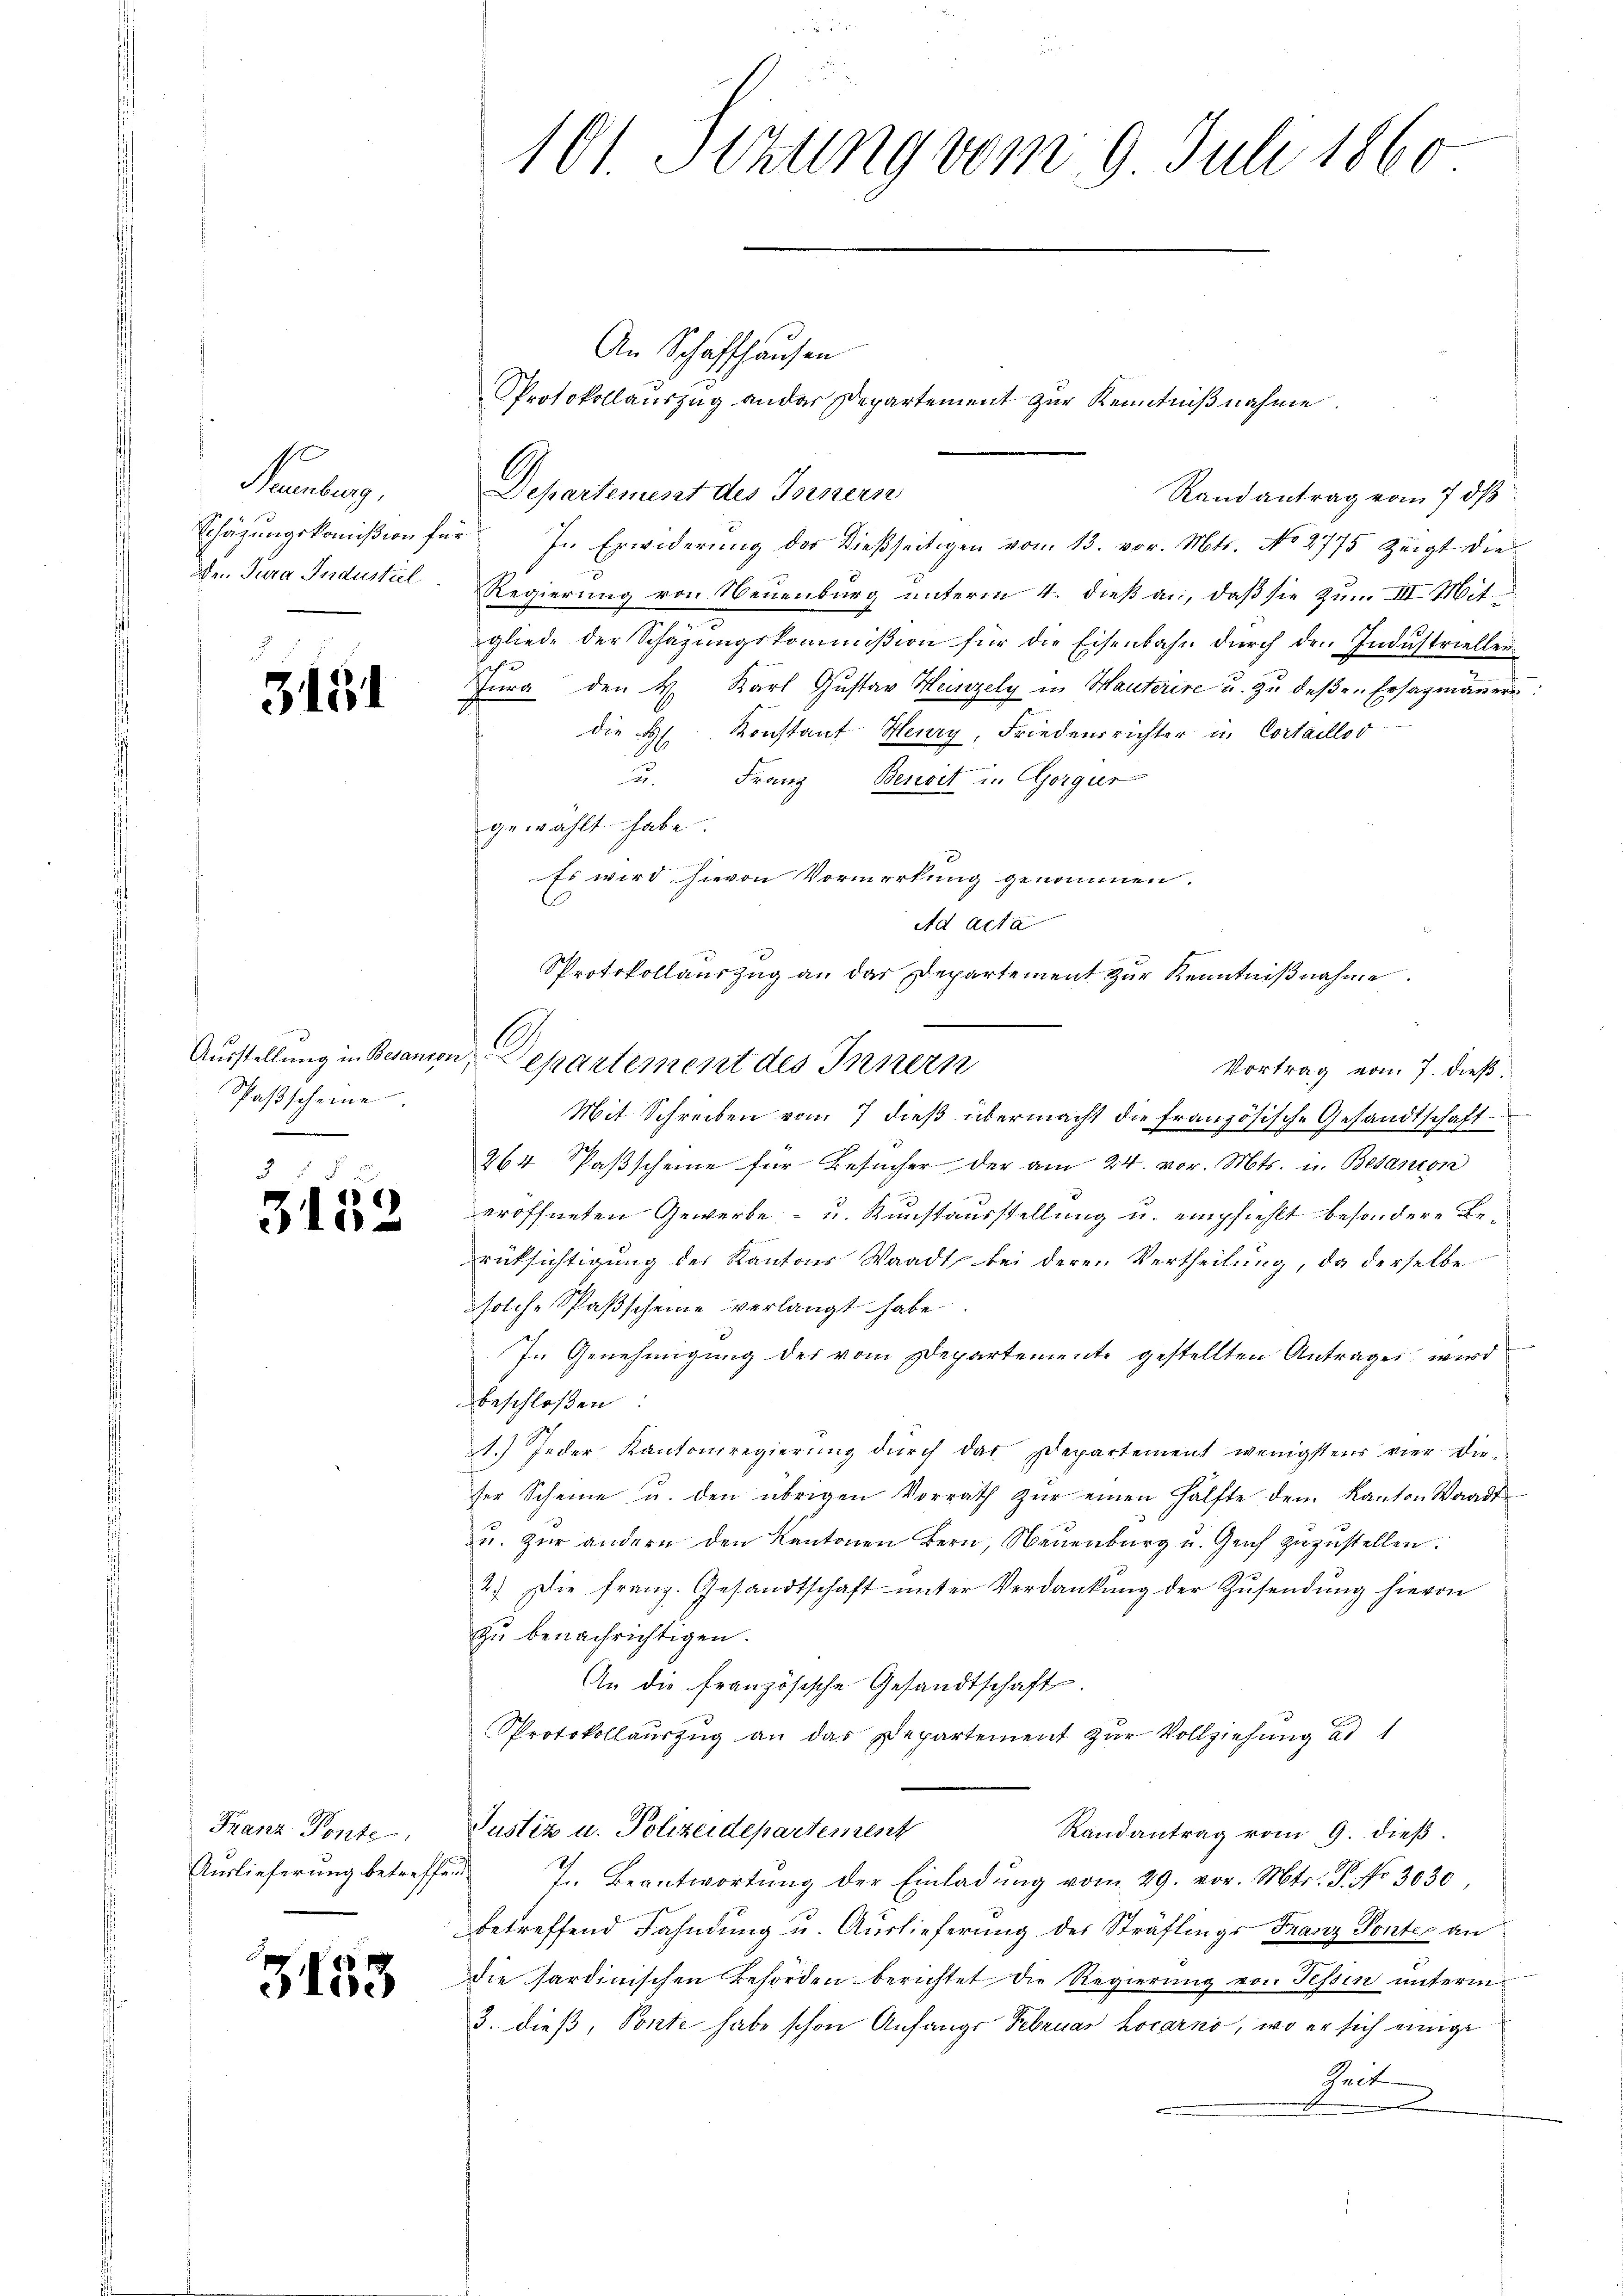
Naumburg,
den Jura Industiel

3451

31

Ausstellung in Besants.
Paßscheine
8

3153

152

Franz Ponte
Auslieferung betreffend

An Schaffhausen
Departement des Tornern
Randantrag vom 7 dß
Schäzŭngskoṁission für In Erwiderŭng der dießseitigen vom 13. vor. Mts. No 2775 zeigt die
Regierung von Neuenburg unterm 4. dieß an, daß sie zum III. Mitgliede der Schazungskommißion für die Eisenbahn durch den Industriellen
Jura den H. Karl Gustav Heinzely in Hauterire u. zŭ deβen Ersatzmännern:
die H. Konstant Heury, Friedensrichter in Cortaillor
u. Franz Benoit in Gorgier
gewählt habe.
Es wird hievon Vormerkung genommen.
Ad acta
Vortrag vom 7. dieß.
Mit Schreiben vom 7 dieß übermacht die französisch-Gesandtschaft
264 Paßscheine für Besucher der am 24. vor. Mts. in Besancen
eröffneten Gewerbe- u. Kunstausstellung u. empfiehlt besondere Berüksichtigung des Kantons Waadt bei deren Vertheilung, da derselbe
solche Spaßscheine verlangt habe
In Genehmigung des vom Departemente gestellten Antrages wird
beschloßen:
1.) Jeder Kantonsregierung durch das Departement wenigstens vier dieser Scheine u. den übrigen Vorrath zŭr einen Hälfte dem Kanton Waadt
u. zur andern den Kantonen Bern, Neuenburg u. Gut zuzustellen.
2.) Die franz. Gesandtschaft ŭnter Verdankŭng der Zŭsendung hievon
zu benachrichtigen.
An die französische Gesandtschaft.
Protokollauszug an das Departement zur Vollziehung ad 1
Justiz u. Polizeidepartement
Randantrag vom 9. dieß.
7. Beantwortung der Einladŭng vom 29. vor. Mtr. P. No 3030
betreffend Fahndung u. Auslieferung des Sträflings Franz Pontes an
Die sardinischen Behörden berichtet die Regierung von Tessin unterm
3. dieß, Sonte habe schon Anfangs Februar Locarno, wo er sich einige
heit

101. Jezung vom 9. Juli 1860

Protokollauszug an der Departement zur Kenntnißnahme.

Protokollauszug an das Departement zur Kenntnißnahme.
A
n. Separtement des Innern